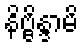
နိဗ္ဗိန္ဒာမိ